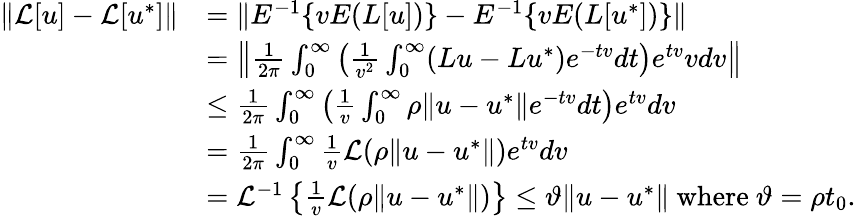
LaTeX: \begin{array}{rl}{\| \mathcal{L}[u]-\mathcal{L}[u^{*}]\| }&{=\| E^{-1}\{ vE(L[u])\} -E^{-1}\{ vE(L[u^{*}])\} \| }\\ &{=\left\| \frac{1}{2\pi}\int_{0}^{\infty}\left(\frac{1}{v^{2}}\int_{0}^{\infty}(Lu-Lu^{*})e^{-tv}dt\right)e^{tv}vdv\right\| }\\ &{\leq\frac{1}{2\pi}\int_{0}^{\infty}\left(\frac{1}{v}\int_{0}^{\infty}\rho\| u-u^{*}\| e^{-tv}dt\right)e^{tv}dv}\\ &{=\frac{1}{2\pi}\int_{0}^{\infty}\frac{1}{v}\mathcal{L}(\rho\| u-u^{*}\| )e^{tv}dv}\\ &{=\mathcal{L}^{-1}\left\{ \frac{1}{v}\mathcal{L}(\rho\| u-u^{*}\| )\right\} \leq\vartheta\| u-u^{*}\| \mathrm{~where~}\vartheta=\rho t_{0}.}\end{array}